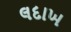
લદાખ